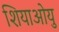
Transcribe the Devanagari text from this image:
शियाओयु